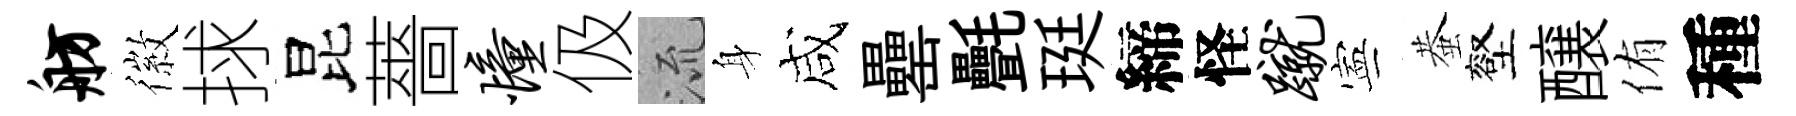
舫徽捄昆薔憧伋𣴑身咸罍㲲珽締怪蹴寕蛬壑醸侑種